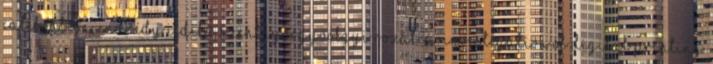
calibration; Endrédy Ildikó, Szentgyörgyvölgyi Rozália: Investigation of digital printing